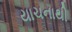
યાચનાથી